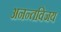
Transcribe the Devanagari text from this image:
अनन्तविजय